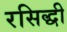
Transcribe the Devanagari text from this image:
रसिद्धी